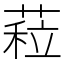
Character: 𦷏